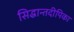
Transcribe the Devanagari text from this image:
सिद्धान्तदीपिका